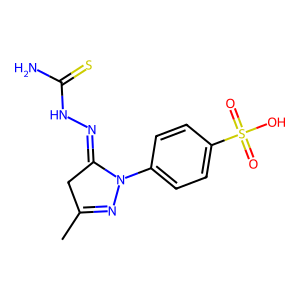
SMILES: CC1=NN(c2ccc(S(=O)(=O)O)cc2)C(=NNC(N)=S)C1
Inhibits HIV replication: No